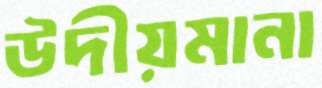
উদীয়মানা